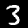
Label: 3